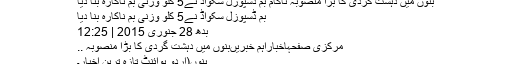
بنوں میں دہشت گردی کا بڑا منصوبہ ناکام بم ڈسپوزل سکواڈ نے5 کلو وزنی بم ناکارہ بنا دیا
بم ڈسپوزل سکواڈ نے5 کلو وزنی بم ناکارہ بنا دیا
بدھ 28 جنوری 2015 | 12:25
مرکزی صفحہاخباراہم خبریںبنوں میں دہشت گردی کا بڑا منصوبہ ..
بنوں(اُردو پوائنٹ تازہ ترین اخبار۔